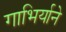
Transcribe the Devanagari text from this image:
गाभिर्याने